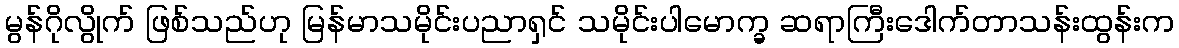
မွန်ဂိုလွိုက် ဖြစ်သည်ဟု မြန်မာသမိုင်းပညာရှင် သမိုင်းပါမောက္ခ ဆရာကြီးဒေါက်တာသန်းထွန်းက